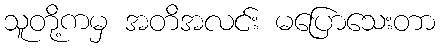
သူတို့ကမှ အတိအလင်း မပြောသေးတာ